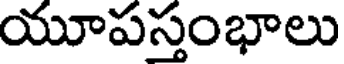
యూపస్తంభాలు